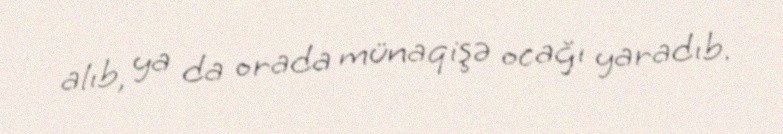
alıb, ya da orada münaqişə ocağı yaradıb.